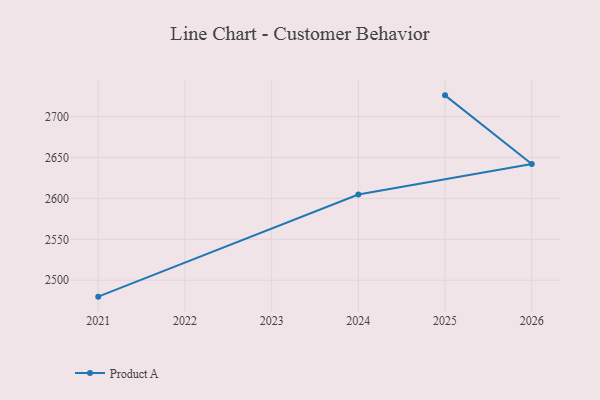
{"axis": {"x": "Year", "y": "Latency (ms)"}, "legend": ["Product A"], "data": [{"x": "2025", "y": 2726.1, "type": "Product A"}, {"x": "2026", "y": 2642.2, "type": "Product A"}, {"x": "2024", "y": 2604.8, "type": "Product A"}, {"x": "2021", "y": 2479.9, "type": "Product A"}]}